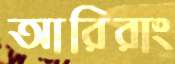
আরিরাং